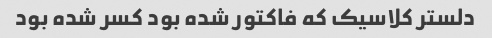
دلستر کلاسیک که فاکتور شده بود کسر شده بود